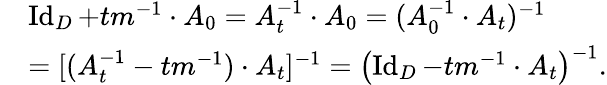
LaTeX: \begin{array}{rl}&{\operatorname{Id}_{D}+tm^{-1}\cdot A_{0}=A_{t}^{-1}\cdot A_{0}=(A_{0}^{-1}\cdot A_{t})^{-1}}\\ &{=[(A_{t}^{-1}-tm^{-1})\cdot A_{t}]^{-1}=\left(\operatorname{Id}_{D}-tm^{-1}\cdot A_{t}\right)^{-1}.}\end{array}